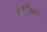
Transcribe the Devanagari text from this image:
अख्यातिवाद